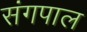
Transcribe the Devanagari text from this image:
संगपाल